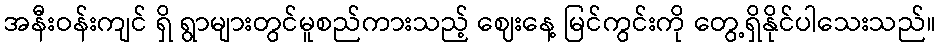
အနီးဝန်းကျင် ရှိ ရွာများတွင်မူစည်ကားသည့် ဈေးနေ့ မြင်ကွင်းကို တွေ့ရှိနိုင်ပါသေးသည်။